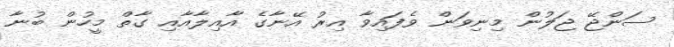
ސަންޖޭ ޖަލުން މިނިވަން ވެފައިވާ އިރު އޭނާގެ އާއިލާއާއި ގާތް މީހުން ބުނާ